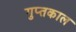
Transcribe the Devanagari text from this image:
गुप्‍तकाल